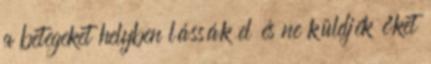
a betegeket helyben lássák el és ne küldjék őket